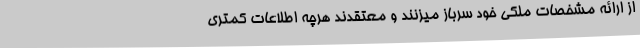
از ارائه مشخصات ملکی خود سرباز میزنند و معتقدند هرچه اطلاعات کمتری